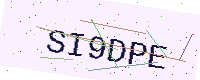
Text: SI9DPE